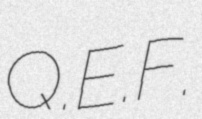
Q.E.F.